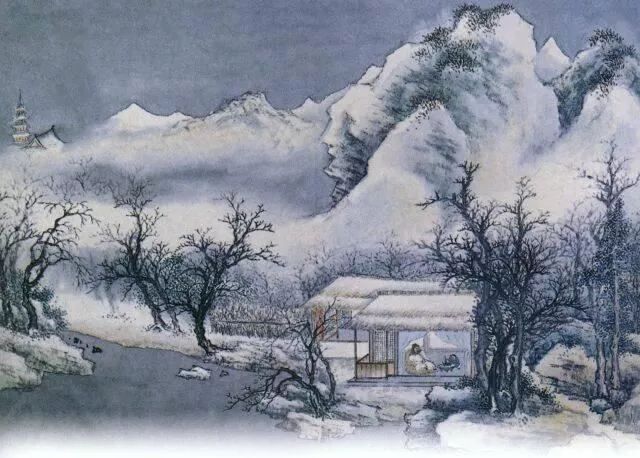
榆柳萧疏楼阁闲，月明直见嵩山雪。